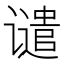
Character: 谴